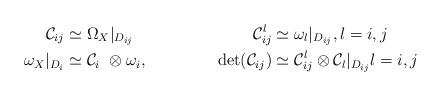
LaTeX: \begin{align*} \mathcal{C}_{ij} &\simeq \Omega_{X}|_{D_{ij}}&\mathcal{C}_{ij}^l &\simeq \omega_l|_{D_{ij}}, l=i,j \\\omega_X|_{D_i} &\simeq \mathcal{C}_i\ \otimes \omega_i,&\det(\mathcal{C}_{ij}) &\simeq \mathcal{C}_{ij}^l \otimes \mathcal{C}_l|_{D_{ij}} l=i,j\end{align*}